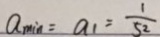
a _ { \min } = a _ { 1 } = \frac { 1 } { 5 2 }